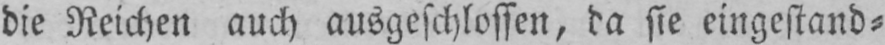
die Reichen auch ausgeschlossen, da sie eingestand⸗